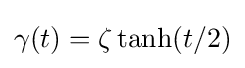
\gamma (t)=\zeta \tanh(t/2)